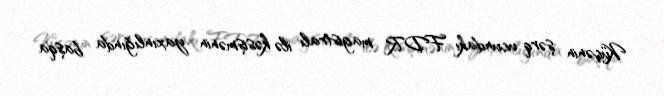
Küçənin şərq ucundakı FDR magistralı ilə kəsişmənin yaxınlığında başqa